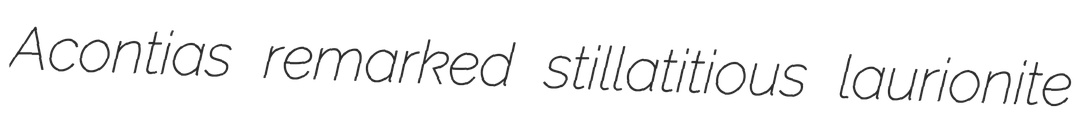
Acontias remarked stillatitious laurionite